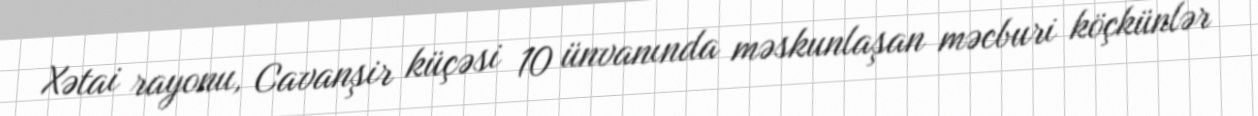
Xətai rayonu, Cavanşir küçəsi 10 ünvanında məskunlaşan məcburi köçkünlər